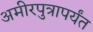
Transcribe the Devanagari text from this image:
अमीरपुत्रापर्यंत